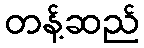
တန့်ဆည်